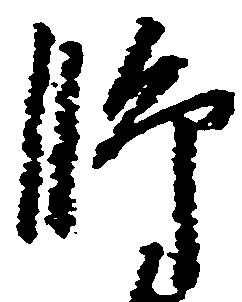
師